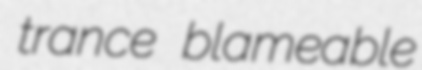
trance blameable